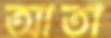
আতা